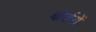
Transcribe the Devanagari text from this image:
बोर्डरों